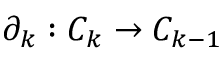
\partial _ { k } : C _ { k } \to C _ { k - 1 }